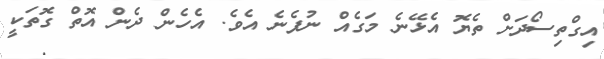
އިގްތިސޯދަށް ތެޔޮ އެޅޭނެ މަގެއް ނުފެނެ އެވެ. އެހެން ދެން އޮތް ގޮތަކީ